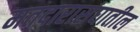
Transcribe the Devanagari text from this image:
मतदारासंघातील